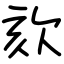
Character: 欬